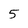
Character: 5